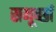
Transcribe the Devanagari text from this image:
समूर्च्छा